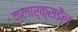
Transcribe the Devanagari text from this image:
क्लार्क्सडैल